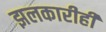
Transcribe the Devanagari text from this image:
झलकारीही